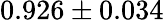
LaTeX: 0.926\pm 0.034